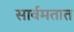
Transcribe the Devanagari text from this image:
सार्वमतात